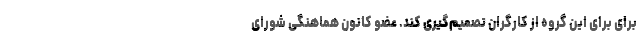
برای برای این گروه از کارگران تصمیم‌گیری کند. عضو کانون هماهنگی شورای